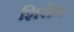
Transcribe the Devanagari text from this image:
शिरोव